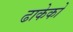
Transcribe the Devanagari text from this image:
ढाकेको